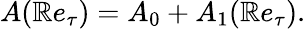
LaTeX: A(\mathbb{R}e_{\tau})=A_{0}+A_{1}(\mathbb{R}e_{\tau}).